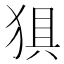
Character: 𰡗